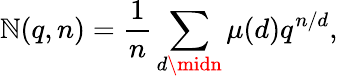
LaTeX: \mathbb{N}(q,n)={\frac{{1}}{{n}}}\sum_{d\midn}\mu(d)q^{n/d},